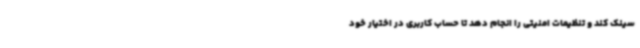
سینک کند و تنظیمات امنیتی را انجام دهد تا حساب کاربری در اختیار خود